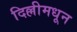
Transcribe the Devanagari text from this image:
दिल्लीमधून